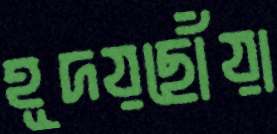
হূদয়ছোঁয়া